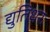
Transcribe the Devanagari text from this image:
द्युतिधरः